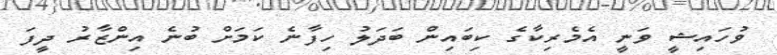
ވުހައިޝީ ވަނީ އެމެރިކާގެ ކިބައިން ބަަދަލު ހިފާނެ ކަމަށް ބުނެ އިންޒާރު ދީފަ